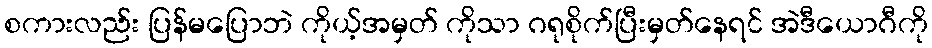
စကားလည်း ပြန်မပြောဘဲ ကိုယ့်အမှတ် ကိုသာ ဂရုစိုက်ပြီးမှတ်နေရင် အဲဒီယောဂီကို